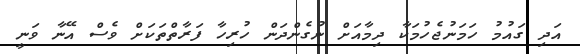
އަދި ގައުމު ހަމަނުޖެހުމަކާ ދިމާއަށް ނުގެންދަން ހުރިހާ ފަރާތްތަކަށް ވެސް އޭނާ ވަނީ